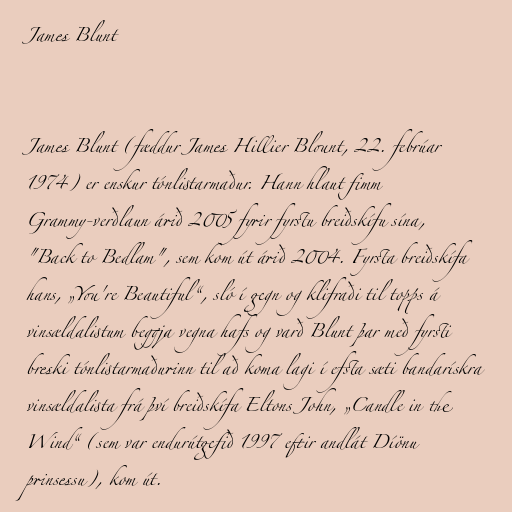
James Blunt

James Blunt (fæddur James Hillier Blount, 22. febrúar
1974) er enskur tónlistarmaður. Hann hlaut fimm
Grammy-verðlaun árið 2005 fyrir fyrstu breiðskífu sína,
"Back to Bedlam", sem kom út árið 2004. Fyrsta breiðskífa
hans, „You're Beautiful“, sló í gegn og klifraði til topps á
vinsældalistum beggja vegna hafs og varð Blunt þar með fyrsti
breski tónlistarmaðurinn til að koma lagi í efsta sæti bandarískra
vinsældalista frá því breiðskífa Eltons John, „Candle in the
Wind“ (sem var endurútgefið 1997 eftir andlát Díönu
prinsessu), kom út.